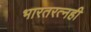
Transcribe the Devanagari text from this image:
भारतरत्नही